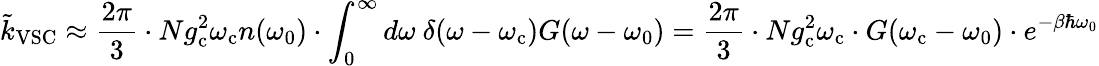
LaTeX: \tilde{k}_{\mathrm{VSC}}\approx\frac{2\pi}{3}\cdot Ng_{\mathrm{c}}^{2}\omega_{\mathrm{c}}n(\omega_{0})\cdot\int_{0}^{\infty}d\omega~\delta(\omega-\omega_{\mathrm{c}})G(\omega-\omega_{0})=\frac{2\pi}{3}\cdot Ng_{\mathrm{c}}^{2}\omega_{\mathrm{c}}\cdot G(\omega_{\mathrm{c}}-\omega_{0})\cdot e^{-\beta\hbar\omega_{0}}